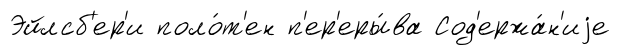
Эйлсб'ер'и поло́т'ен п'ер'еры́ва Сод'ержа́н'иjе